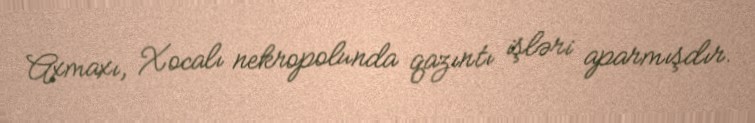
Axmaxı, Xocalı nekropolunda qazıntı işləri aparmışdır.